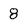
Character: 8